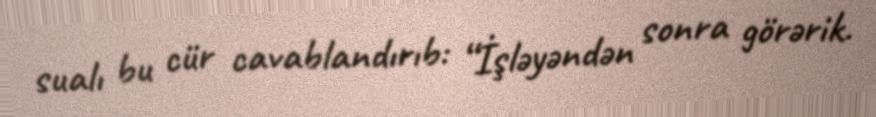
sualı bu cür cavablandırıb: “İşləyəndən sonra görərik.